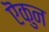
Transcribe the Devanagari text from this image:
ऎकुन